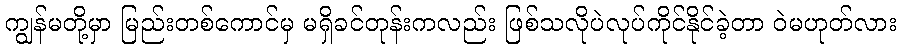
ကျွန်မတို့မှာ မြည်းတစ်ကောင်မှ မရှိခင်တုန်းကလည်း ဖြစ်သလိုပဲလုပ်ကိုင်နိုင်ခဲ့တာ ဝဲမဟုတ်လား